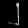
Digit: ၂